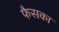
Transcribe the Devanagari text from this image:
फैसका